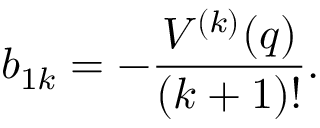
b _ { 1 k } = - \frac { V ^ { ( k ) } ( q ) } { ( k + 1 ) ! } .